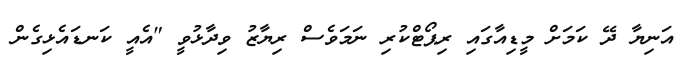
އަނިޔާ ދޭ ކަމަށް މީޑިއާގައި ރިޕޯޓްކުރި ނަމަވެސް ރިޔާޒު ވިދާޅުވީ "އެއީ ކަނޑައެޅިގެން